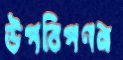
উপবিপণন